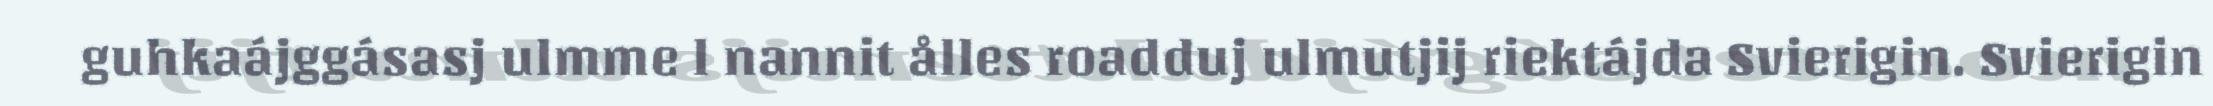
guhkaájggásasj ulmme l nannit ålles roadduj ulmutjij riektájda Svierigin. Svierigin